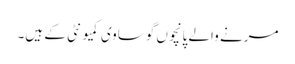
مرنے والے پانچوں گوساوی کمیونٹی کے ہیں۔